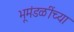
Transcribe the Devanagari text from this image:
भूमंडळींच्या